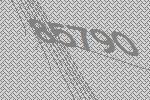
85790